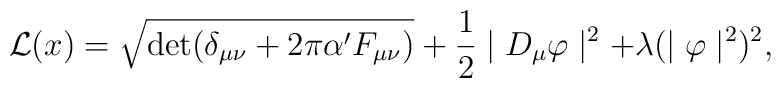
{\cal L}(x)= \sqrt{{\rm det}(\delta_{\mu\nu}+2\pi\alpha' F_{\mu\nu})} + \frac{1}{2}\mid D_{\mu}\varphi\mid^{2} + \lambda (\mid\varphi\mid^{2})^{2},